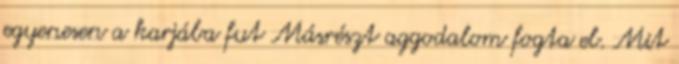
egyenesen a karjába fut Másrészt aggodalom fogta el. Mit